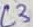
Text: L3